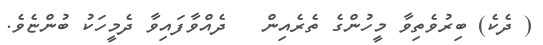
( ދެކެ) ބިރުވެތިވާ މީހުންގެ ތެރެއިން   ދެއްވާފައިވާ ދެމީހަކު ބުންޏެވެ.